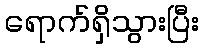
ရောက်ရှိသွားပြီး